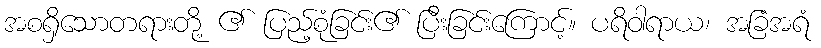
အစရှိသောတရားတို့ ၏ ပြည့်စုံခြင်း၏ ပြီးခြင်းကြောင့်။ ပရိဝါရာယ၊ အခြံအရံ